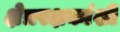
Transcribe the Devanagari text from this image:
क्षेत्ररक्षकांशी